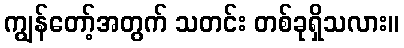
ကျွန်တော့်အတွက် သတင်း တစ်ခုရှိသလား။